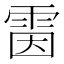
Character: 𩂥